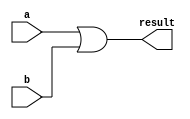
// OR circuit
// define gates with delays

`define OR or 

module structuralOR
(
    output result,
    input a, 
    input b 
);

    `OR orgate(result, a, b);
    
endmodule

module OR32
(

    output[31:0] result,
    input[31:0] a, 
    input[31:0] b     
);
    generate
    genvar index;
      for (index = 0; index<32; index = index + 1)
      begin:genblock
       structuralOR orindex(result[index], a[index], b[index]);  
      end
    endgenerate
endmodule